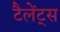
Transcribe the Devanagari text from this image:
टैलेंट्स